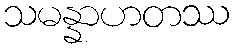
သမန္နာဟတဿ